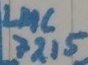
Text: LNC 7215